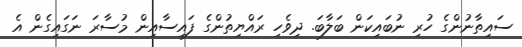
ސައިތާނުންގެ ހުރި ނުބައިކަން ބަލާބަ. ދިވެހި ރައްޔިތުންގެ ފައިސާއިން މުސާރަ ނަގައިގެން އެ